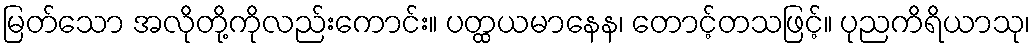
မြတ်သော အလိုတို့ကိုလည်းကောင်း။ ပတ္ထယမာနေန၊ တောင့်တသဖြင့်။ ပုညကိရိယာသု၊